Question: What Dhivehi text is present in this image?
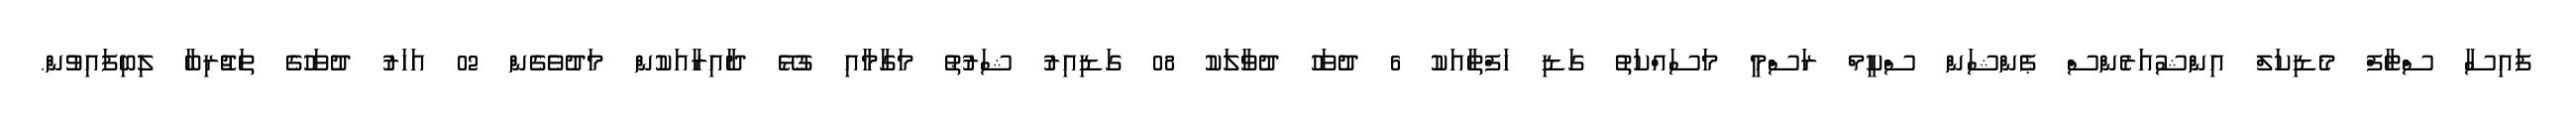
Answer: ފައިސާ ސްޓާފް މެޑިކަލް އިންޝުއަރެންސް ޕެންޝަން ސްކީމް ރަސްމީ މަސައްކަތު ގަޑި ހަފްތާއަކު 6 ދުވަހު ދުވާލަކު 08 ގަޑިއިރު ޝަރުޠު މަގާމާއި ގުޅޭ ދާއިރާއަކުން މަދުވެގެން 02 އަހަރު ދުވަހުގެ ތަޖުރިބާ ލިބިފައިވުން.